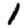
Digit: 1